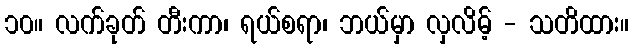
၁၀။ လက်ခုတ် တီးကာ၊ ရယ်စရာ၊ ဘယ်မှာ လှလိမ့် - သတိထား။